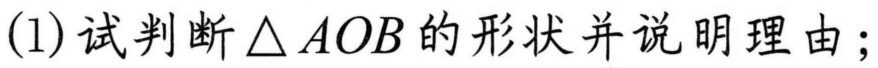
(1) 试判断\(\triangle AOB\)的形状并说明理由；